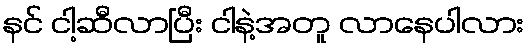
နင် ငါ့ဆီလာပြီး ငါနဲ့အတူ လာနေပါလား